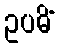
ဥပဓိံ